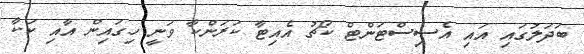
ބަދަލުގައި އައި އެސިސްޓަންޓް ކޯޗު އެއިޓާ ކަރަންކާ ވަނީ ހިގައިން އާއި ކަކާ